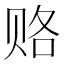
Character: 赂